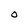
Character: O